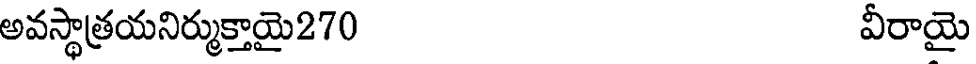
అవస్థాత్రయనిర్ముక్తాయై270 వీరాయై